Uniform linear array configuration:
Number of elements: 16
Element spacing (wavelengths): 0.25
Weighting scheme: blackman
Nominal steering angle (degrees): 30
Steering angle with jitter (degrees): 31.533
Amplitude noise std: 0.05
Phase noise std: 0.05

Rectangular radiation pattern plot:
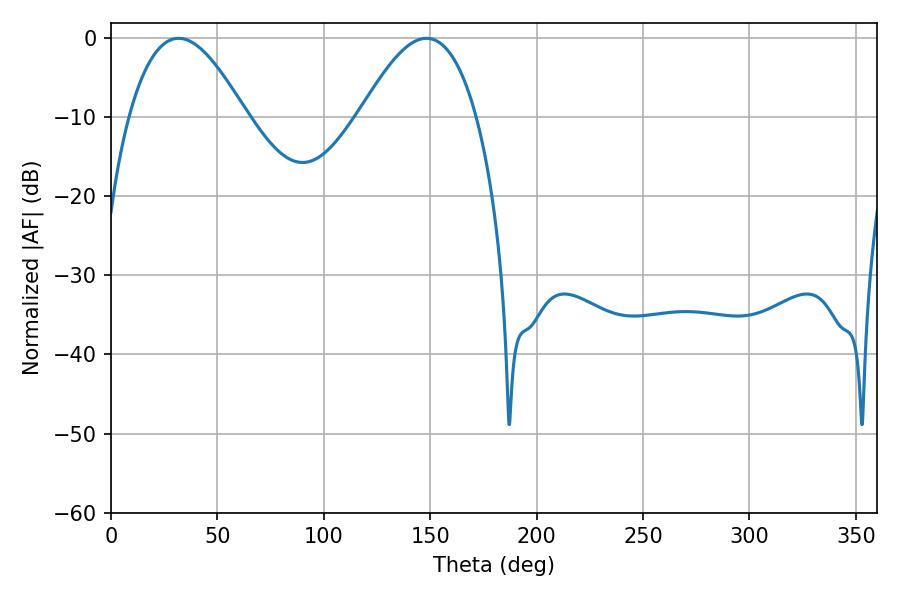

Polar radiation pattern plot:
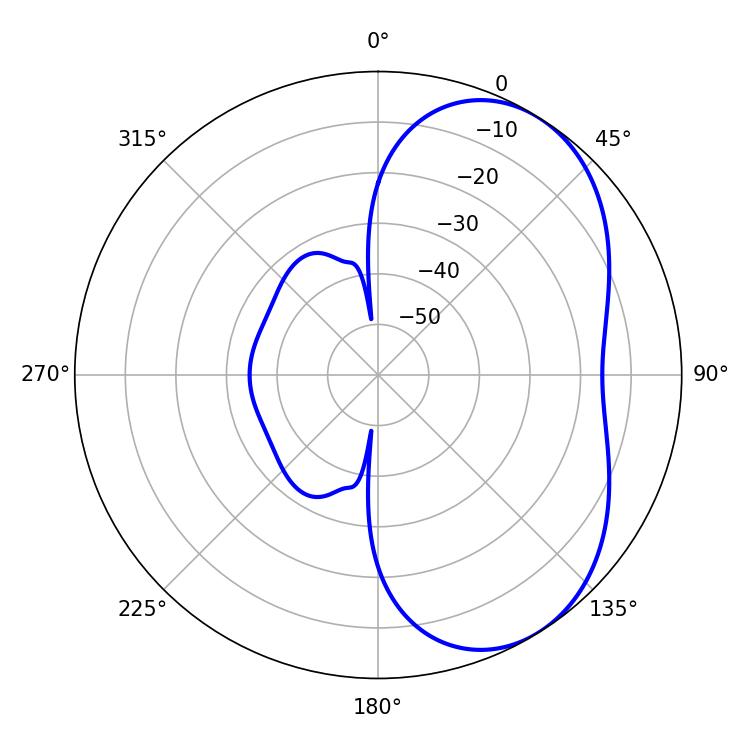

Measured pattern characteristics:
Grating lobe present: FALSE
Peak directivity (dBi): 4.911
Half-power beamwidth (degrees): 29.88
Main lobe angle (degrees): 31.68